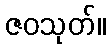
ဇဝသုတ်။